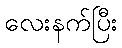
လေးနက်ပြီး